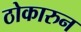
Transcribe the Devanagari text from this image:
ठोकारुन